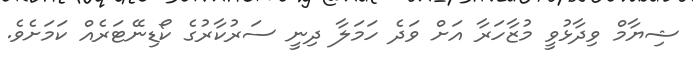
ޝިޔާމް ވިދާޅުވީ މުޒާހަރާ އަށް ވަދެ ހަމަލާ ދިނީ ސަރުކާރުގެ ކޯޑިނޭޓަރެއް ކަމަށެވެ.